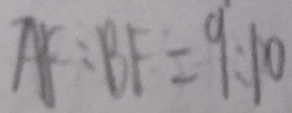
A F : B F = 9 : 1 0